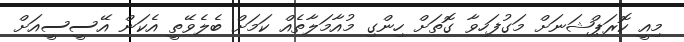
މިއީ ކޮރަޕްޝަނަށް މަގުފަހިވާ ގޮތަށް ހިންގި މުއާމަލާތެއް ކަމަށް ބެލެވޭތީ އެކަން އޭސީސީއަށް